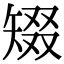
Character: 𥏞